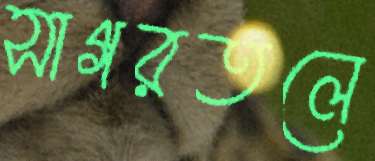
সাগরতলে